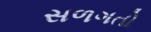
સળગતો